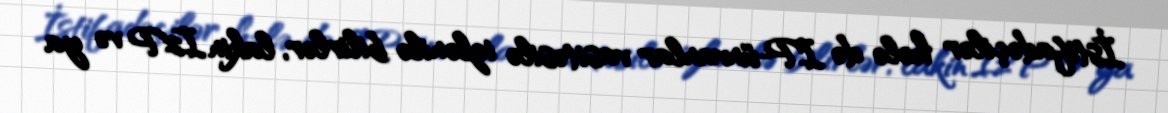
İstifadəçilər hələ də IP-ünvanlar vasitəsilə izlənilə bilirlər, lakin I2P və ya